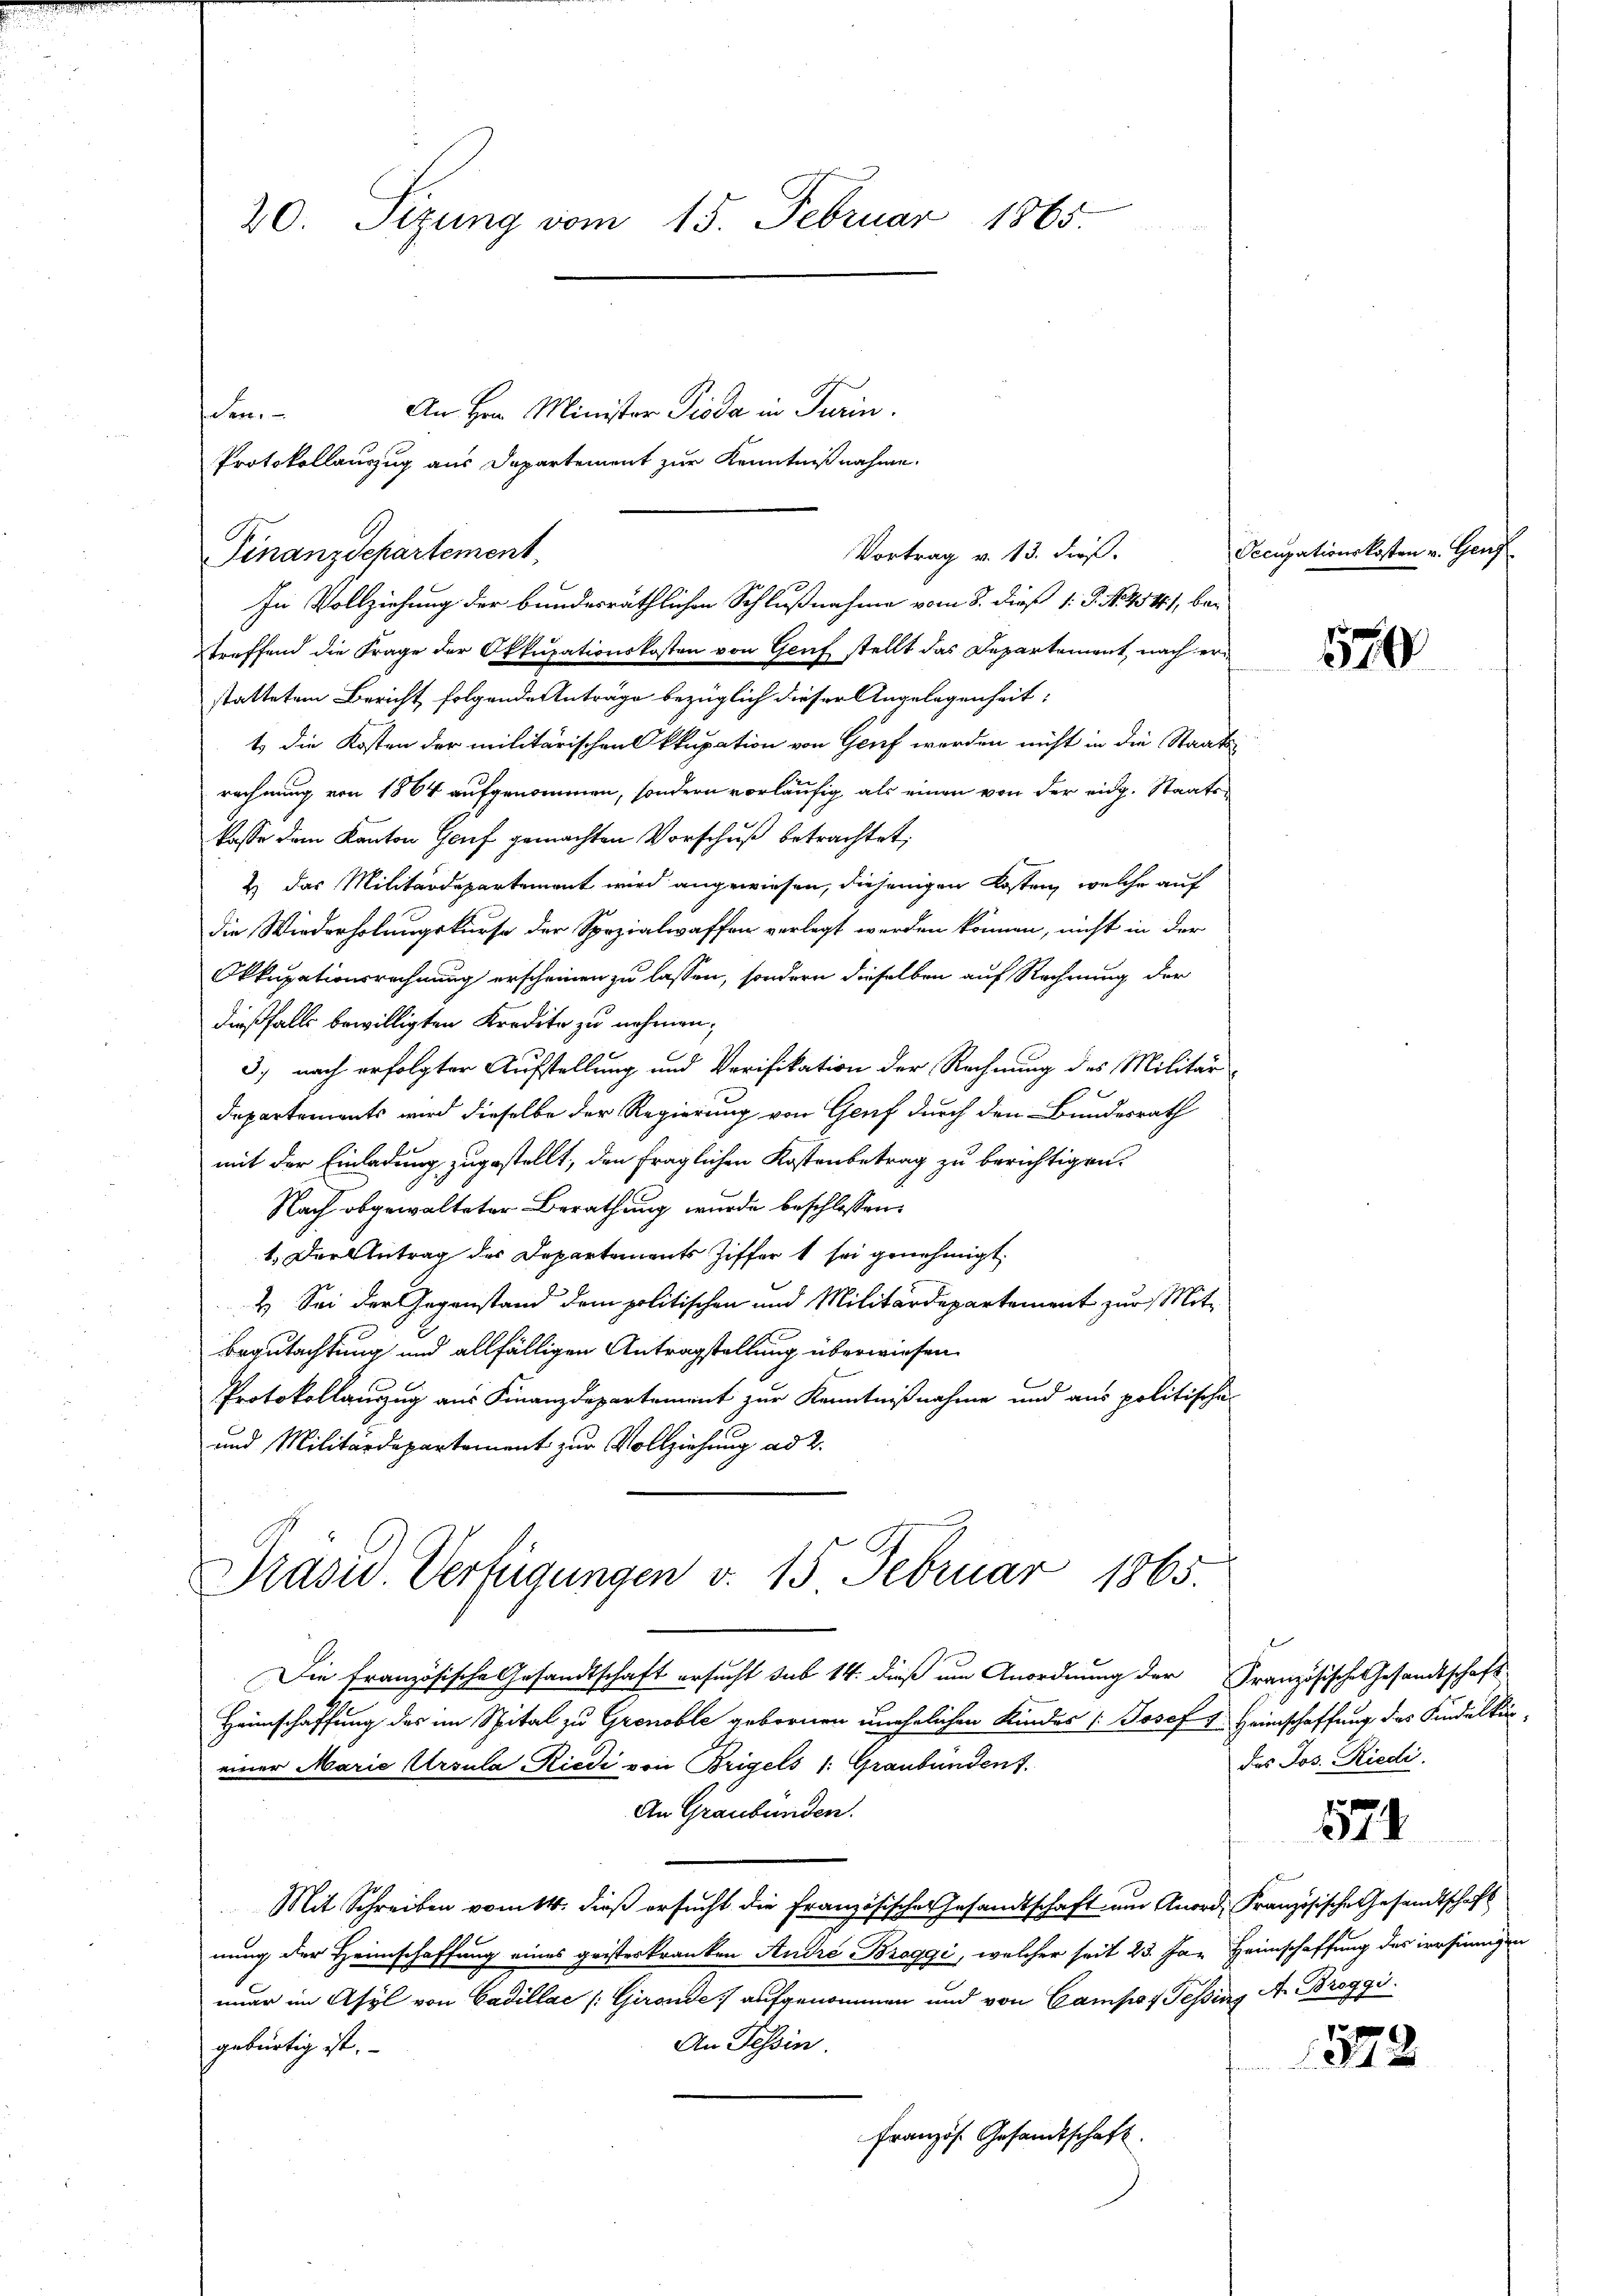
20. Sizung vom 15. Februar 1865.
An Hrn. Minister Pioda in Turin.
eer.
Protokollauszug aus Departement zur Kenntnißnahme.

Vortrag v. 13. dieß.
Finanzdepartement,
0
In Vollziehung der bundesräthlichen Schlußnahme vom 8. dieß 1: P. N. 4544), be-

treffend die Frage der Okkupationskosten von Genf stellt das Departement, nach erstattetem Bericht folgende Anträge bezüglich dieser Angelegenheit:
t) die Kosten der militärischen kkupation von Genf werden nicht in die Staats-
rechnung von 1864 aufgenommen, sondern vorläufig als einen von der eidg. Staatskasse dem Kanton Genf gemachten Vorschuß betrachtet,
2 das Militärdepartement wird angewiesen, diejenigen Kostenz, welche auf
die Wiederholungskurse der Spezialwaffen verlegt werden können, nicht in der
Okkupationsrechnung erscheinen zu lassen, sondern dieselben auf Rechnung der
dießfalls bewilligten Kredite zu nehmen;
3) nach erfolgter Aufstellung und Verifikation der Rechnung des Militär¬
Departements wird dieselbe der Regierung von Genf durch den Bundesrath
mit der Einladung zugestellt, den fraglichen Kostenbetrag zu berichtigen.
Nach obgewalteter Berathung wurde beschlossen:
1. Der Antrag der Departements Ziffer t sei genehmigt.
2. Sei der Gegenstand dem politischen und Militärdepartement zur Mit-
Begutachtung und allfälligen Antragstellung überwiesen.
Protokollauszug aus Finanzdepartement zur Kenntnißnahme und aus politischen
und Militärdepartement zur Vollziehung ad 2.

Prasiv. Verfügungen v. 15 Februar 1865.

Die französische Gesandtschaft ersucht sub 14. dieß um Anordnung der Französische Gesandtschaft-
Heimschaffung des im Spital zu Grenoble gebornen unehelichen Kindes Josef & Heimschaffung des Kindelkur-
einer Marie Ursula Riedi von Brigels /: Graubünden.
An Graubünden.
Mit Schreiben vom 14. dieß ersucht die Französischer Gesandtschaft um Anord, Französische Gesandtschaft
nung der Heimschaffung eines geisterkranken André Broggi, welcher seit 23. Jan Heimschaffung des versinnigen
mar im Asyl von Cadillac /: Girende aufgenommen und von Campaf Tessing A. Broggi
An Tessin.
gebürtig ist.
Französ. Gesandtschaft.

Secusationskosten v. Genz

570

des Jos. Riedi

574

152